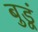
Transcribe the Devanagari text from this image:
बुडूं